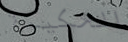
الحكيمة